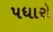
પધારો